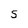
Character: S